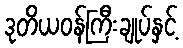
ဒုတိယဝန်ကြီးချုပ်နှင့်